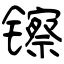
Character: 镲